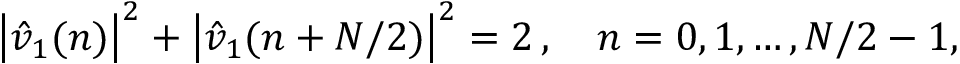
\left| \hat { v } _ { 1 } ( n ) \right| ^ { 2 } + \left| \hat { v } _ { 1 } ( n + N / 2 ) \right| ^ { 2 } = 2 \, , \quad n = 0 , 1 , \dots , N / 2 - 1 ,